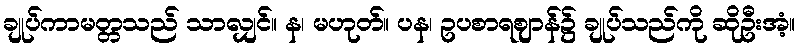
ချုပ်ကာမတ္တသည် သာလျှင်။ န၊ မဟုတ်။ ပန၊ ဥပစာရဈာန်၌ ချုပ်သည်ကို ဆိုဦးအံ့။